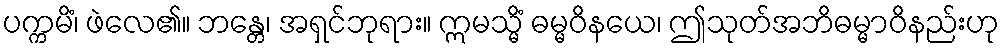
ပက္ကမိံ၊ ဖဲလေ၏။ ဘန္တေ၊ အရှင်ဘုရား။ ဣမသ္မိံ ဓမ္မဝိနယေ၊ ဤသုတ်အဘိဓမ္မာဝိနည်းဟု